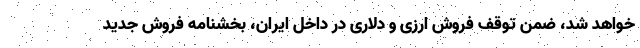
خواهد شد، ضمن توقف فروش ارزی و دلاری در داخل ایران، بخشنامه فروش جدید